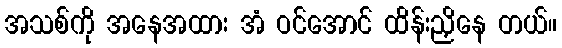
အသစ်ကို အနေအထား အံ ဝင်အောင် ထိန်းညှိနေ တယ်။